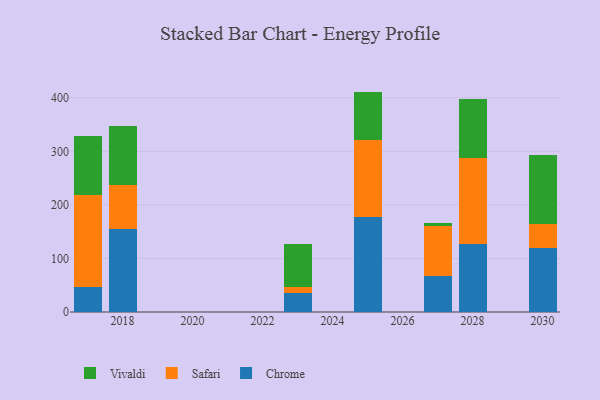
{"axis": {"x": "Year", "y": "Temperature (°C)"}, "legend": ["Chrome", "Safari", "Vivaldi"], "data": [{"x": "2027", "y": 67.8, "type": "Chrome"}, {"x": "2027", "y": 91.9, "type": "Safari"}, {"x": "2027", "y": 5.8, "type": "Vivaldi"}, {"x": "2028", "y": 126.6, "type": "Chrome"}, {"x": "2028", "y": 160.3, "type": "Safari"}, {"x": "2028", "y": 109.9, "type": "Vivaldi"}, {"x": "2018", "y": 154.8, "type": "Chrome"}, {"x": "2018", "y": 82.4, "type": "Safari"}, {"x": "2018", "y": 109.2, "type": "Vivaldi"}, {"x": "2023", "y": 36.1, "type": "Chrome"}, {"x": "2023", "y": 10.1, "type": "Safari"}, {"x": "2023", "y": 80.7, "type": "Vivaldi"}, {"x": "2017", "y": 47.1, "type": "Chrome"}, {"x": "2017", "y": 171.1, "type": "Safari"}, {"x": "2017", "y": 110.3, "type": "Vivaldi"}, {"x": "2030", "y": 119.9, "type": "Chrome"}, {"x": "2030", "y": 44.2, "type": "Safari"}, {"x": "2030", "y": 128.8, "type": "Vivaldi"}, {"x": "2025", "y": 177.0, "type": "Chrome"}, {"x": "2025", "y": 144.0, "type": "Safari"}, {"x": "2025", "y": 90.5, "type": "Vivaldi"}]}